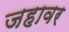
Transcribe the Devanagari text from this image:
जहावर